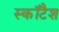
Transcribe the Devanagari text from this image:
स्कॉटैश